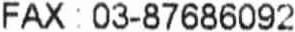
FAX : 03-87686092